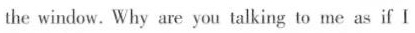
the window.Why are you talking to me as if I